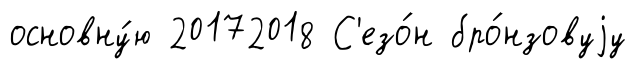
основну́ю 20172018 С'езо́н бро́нзовуjу